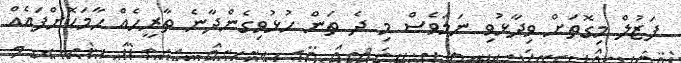
ފަޒުލް މިގޮތަށް ވިދާޅުވި ނަމަވެސް މި ދެ ތަން ހުޅުވިގެންދާނެ ތާރީހެއް ހާމަކޮށްފައެއް